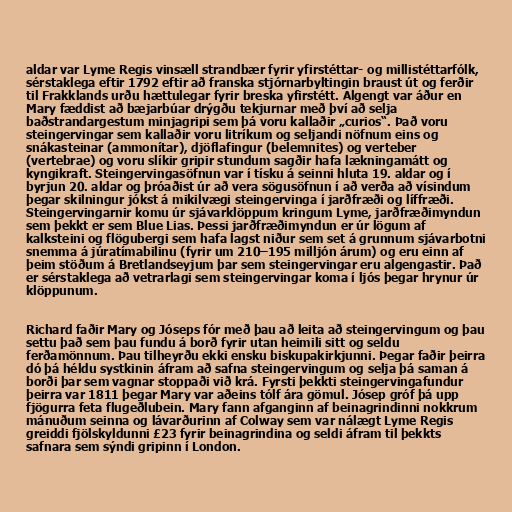
aldar var Lyme Regis vinsæll strandbær fyrir yfirstéttar- og millistéttarfólk,
sérstaklega eftir 1792 eftir að franska stjórnarbyltingin braust út og ferðir
til Frakklands urðu hættulegar fyrir breska yfirstétt. Algengt var áður en
Mary fæddist að bæjarbúar drýgðu tekjurnar með því að selja
baðstrandargestum minjagripi sem þá voru kallaðir „curios“. Það voru
steingervingar sem kallaðir voru litríkum og seljandi nöfnum eins og
snákasteinar (ammonítar), djöflafingur (belemnites) og verteber
(vertebrae) og voru slíkir gripir stundum sagðir hafa lækningamátt og
kyngikraft. Steingervingasöfnun var í tísku á seinni hluta 19. aldar og í
byrjun 20. aldar og þróaðist úr að vera sögusöfnun í að verða að vísindum
þegar skilningur jókst á mikilvægi steingervinga í jarðfræði og líffræði.
Steingervingarnir komu úr sjávarklöppum kringum Lyme, jarðfræðimyndun
sem þekkt er sem Blue Lias. Þessi jarðfræðimyndun er úr lögum af
kalksteini og flögubergi sem hafa lagst niður sem set á grunnum sjávarbotni
snemma á júratímabilinu (fyrir um 210–195 milljón árum) og eru einn af
þeim stöðum á Bretlandseyjum þar sem steingervingar eru algengastir. Það
er sérstaklega að vetrarlagi sem steingervingar koma í ljós þegar hrynur úr
klöppunum.

Richard faðir Mary og Jóseps fór með þau að leita að steingervingum og þau
settu það sem þau fundu á borð fyrir utan heimili sitt og seldu
ferðamönnum. Þau tilheyrðu ekki ensku biskupakirkjunni. Þegar faðir þeirra
dó þá héldu systkinin áfram að safna steingervingum og selja þá saman á
borði þar sem vagnar stoppaði við krá. Fyrsti þekkti steingervingafundur
þeirra var 1811 þegar Mary var aðeins tólf ára gömul. Jósep gróf þá upp
fjögurra feta flugeðlubein. Mary fann afganginn af beinagrindinni nokkrum
mánuðum seinna og lávarðurinn af Colway sem var nálægt Lyme Regis
greiddi fjölskyldunni £23 fyrir beinagrindina og seldi áfram til þekkts
safnara sem sýndi gripinn í London.